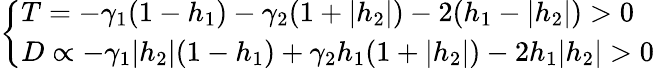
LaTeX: \left\{ \begin{array}{ll}{T=-\gamma_{1}(1-h_{1})-\gamma_{2}(1+|h_{2}|)-2(h_{1}-|h_{2}|)>0}\\ {D\propto-\gamma_{1}|h_{2}|(1-h_{1})+\gamma_{2}h_{1}(1+|h_{2}|)-2h_{1}|h_{2}|>0}\end{array}\right.